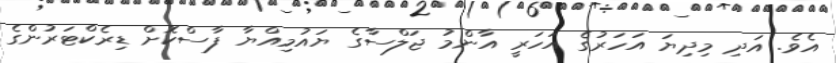
އެވެ. އަދި މިދިޔަ އަހަރުގެ އަހަރީ އާންމު ޖަލްސާގެ ޔައުމިއްޔާ ފާސްކޮށް ޑިރެކްޓަރުންގެ